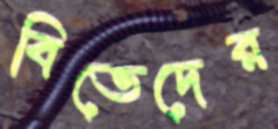
বিভেদের